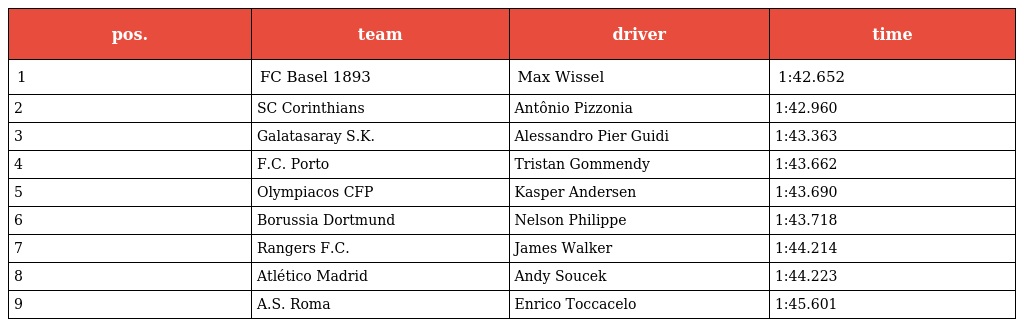
| pos. | team | driver | time |
 | --- | --- | --- | --- |
 | 1 | FC Basel 1893 | Max Wissel | 1:42.652 |
 | 2 | SC Corinthians | Antônio Pizzonia | 1:42.960 |
 | 3 | Galatasaray S.K. | Alessandro Pier Guidi | 1:43.363 |
 | 4 | F.C. Porto | Tristan Gommendy | 1:43.662 |
 | 5 | Olympiacos CFP | Kasper Andersen | 1:43.690 |
 | 6 | Borussia Dortmund | Nelson Philippe | 1:43.718 |
 | 7 | Rangers F.C. | James Walker | 1:44.214 |
 | 8 | Atlético Madrid | Andy Soucek | 1:44.223 |
 | 9 | A.S. Roma | Enrico Toccacelo | 1:45.601 |